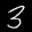
Digit: 3